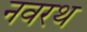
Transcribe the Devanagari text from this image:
नवरथ